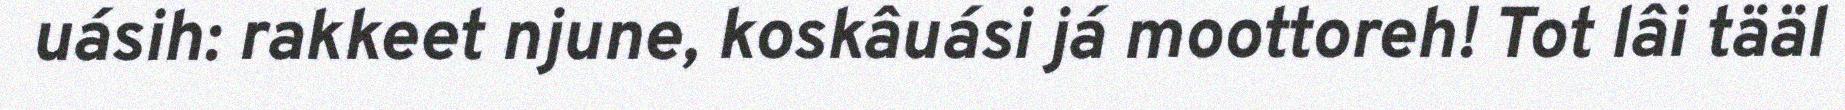
uásih: rakkeet njune, koskâuási já moottoreh! Tot lâi tääl